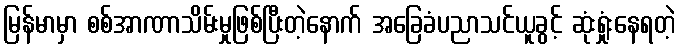
မြန်မာမှာ စစ်အာဏာသိမ်းမှုဖြစ်ပြီးတဲ့နောက် အခြေခံပညာသင်ယူခွင့် ဆုံးရှုံးနေရတဲ့